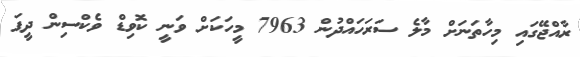
ރާއްޖޭގައި މިހާތަނަށް މާލެ ސަރަހައްދުން 7963 މީހަކަށް ވަނީ ކޮވިޑް ވެކްސިން ދީފަ